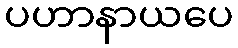
ပဟာနာယပေ